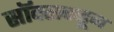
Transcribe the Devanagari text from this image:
सॉक्सकडून